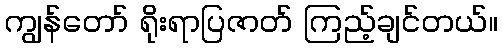
ကျွန်တော် ရိုးရာပြဇာတ် ကြည့်ချင်တယ်။